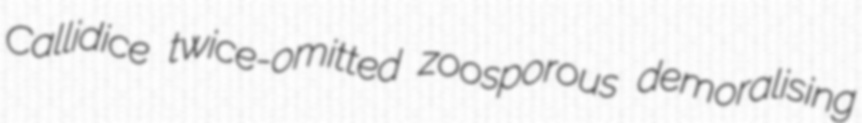
Callidice twice-omitted zoosporous demoralising